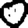
Digit: 0